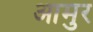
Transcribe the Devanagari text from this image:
आमुर